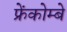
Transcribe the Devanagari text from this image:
फ्रेंकोम्बे